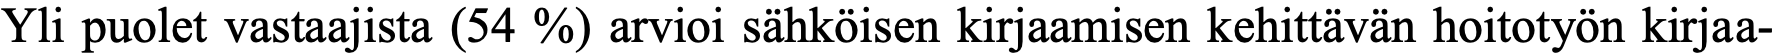
Yli puolet vastaajista (54 %) arvioi sähköisen kirjaamisen kehittävän hoitotyön kirjaa-